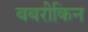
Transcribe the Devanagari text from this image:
बबरीकिन